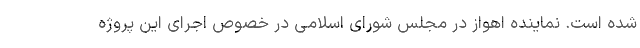
شده است. نماینده اهواز در مجلس شورای اسلامی در خصوص اجرای این پروژه